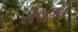
સલકી